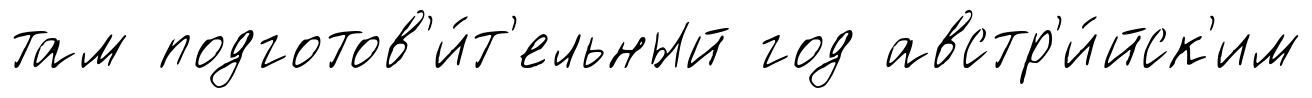
там подготов'и́т'ельный год австр'и́йск'им